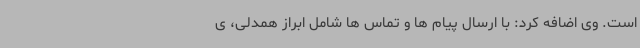
است. وی اضافه کرد: با ارسال پیام ها و تماس ها شامل ابراز همدلی، ی